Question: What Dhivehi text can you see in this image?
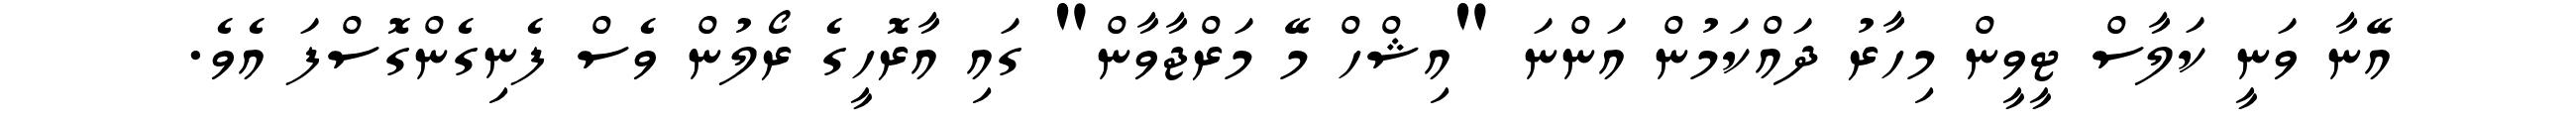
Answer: އޭނާ ވަނީ ކަލާސް ޓީވީން މިހާރު ދައްކަމުން އަންނަ "އިޝްހް މޭ މަރްޖާވާން" ގައި އާރޮހީގެ ރޯލުން ވެސް ފެނިގެންގޮސްފަ އެވެ.